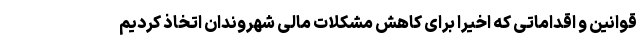
قوانین و اقداماتی که اخیرا برای کاهش مشکلات مالی شهروندان اتخاذ کردیم